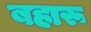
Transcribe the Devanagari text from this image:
बहारू